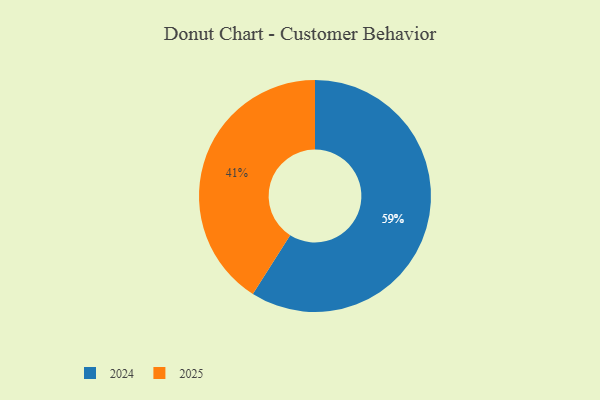
{"axis": {"x": "Category", "y": "Percentage"}, "legend": ["2024", "2025"], "data": [{"x": "2025", "y": 41, "type": "2025"}, {"x": "2024", "y": 59, "type": "2024"}]}